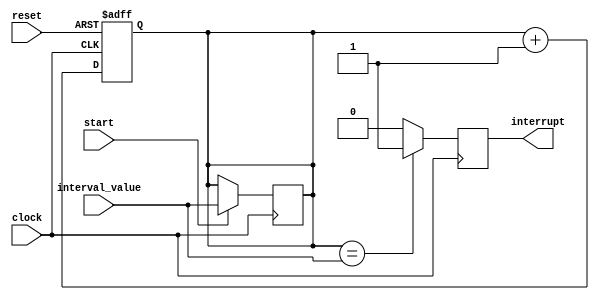
module IntervalTimer (
    input wire clock,
    input wire reset,
    input wire start,
    input wire [31:0] interval_value,
    output reg interrupt
);

reg [31:0] counter;

// Synchronization block
always @(posedge clock or posedge reset) begin
    if (reset) begin
        counter <= 32'h0;
    end else begin
        counter <= counter + 32'h1;
    end
end

// Interrupt generation logic
always @(posedge clock) begin
    if (start) begin
        counter <= interval_value;
    end
    if (counter == interval_value) begin
        interrupt <= 1'b1;
    end else begin
        interrupt <= 1'b0;
    end
end

endmodule